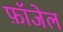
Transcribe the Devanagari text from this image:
फ़ॉजेल